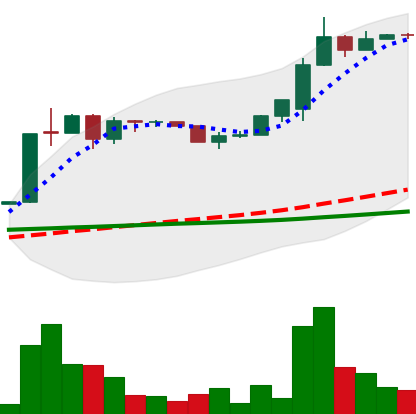
Ticker: LTC-USD
Chart end date: 2015-07-04
Forward return: 83.223%
Label: up_7plus